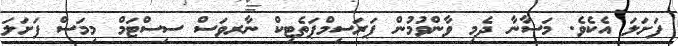
ފަށަލަ އެކެވެ. މަސާނާ ދެމި ވާންވުމުން ޕަރަސިމްޕަތެޓިކް ނާރވަސް ސިސްޓަމް މިމަސް ފަށަލަ